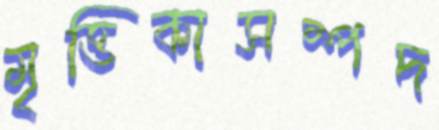
মৃত্তিকাসম্পদ